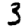
Digit: 3